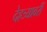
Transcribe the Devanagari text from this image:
देहत्र्यावरीं